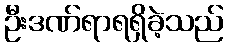
ဦးဒဏ်ရာရရှိခဲ့သည်